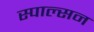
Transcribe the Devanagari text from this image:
स्पाल्सन